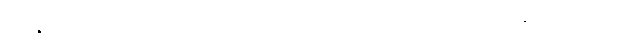
အမှန်ကတော့ ရဟန်းပြုလာတယ်ဆိုတာ “သံသာရ ဝဋ္ဋ ဒုက္ခတော မောစနတ္ထာယ” လို့